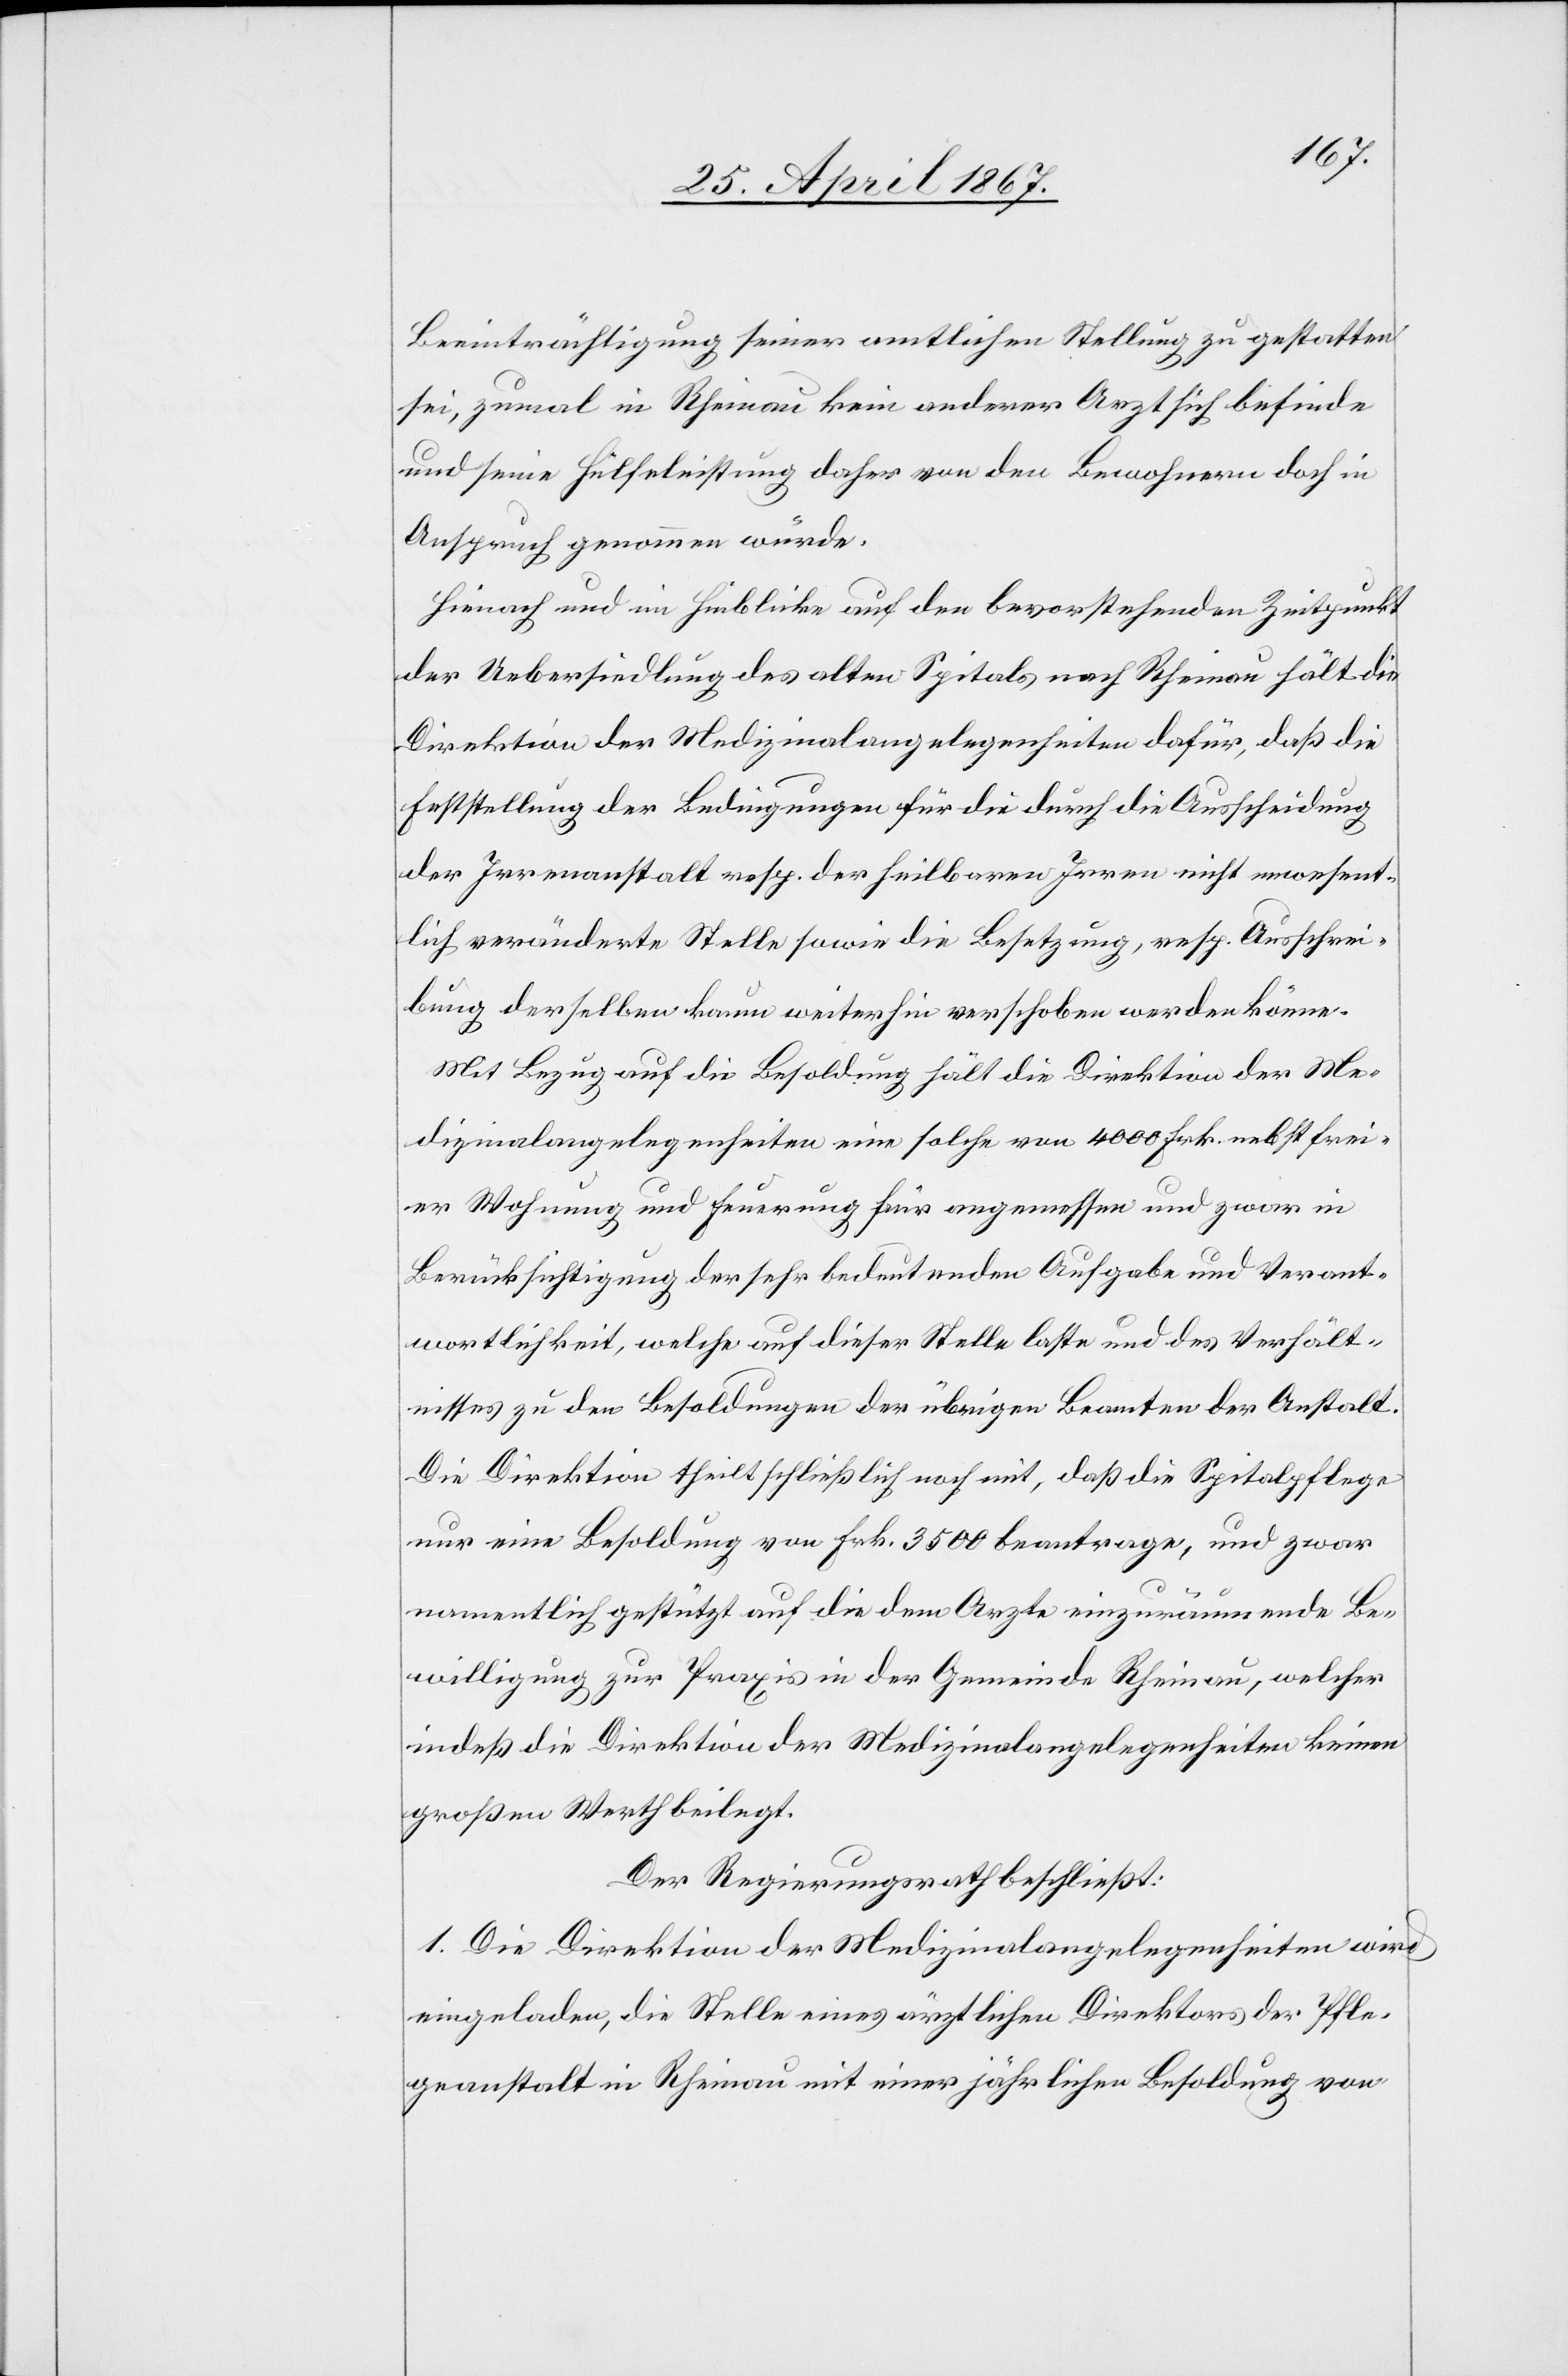
Beeinträchtigung seiner amtlichen Stellung zu gestatten
sei, zumal in Rheinau kein anderer Arzt sich befinde
und seine Hülfeleistung daher von den Bewohnern doch in
Anspruch genommen würde.
Hienach und im Hinblicke auf den bevorstehenden Zeitpunkt
der Uebersiedlung des alten Spitals nach Rheinau hält die
Direktion der Medizinalangelegenheiten dafür, daß die
Feststellung der Bedingungen für die durch die Ausscheidung
der Irrenanstalt resp. der heilbaren Irren nicht [?un]wesent¬
lich veränderte Stelle sowie die Besetzung, resp. Ausschrei¬
bung derselben kaum weiterhin verschoben werden könne.
Mit Bezug auf die Besoldung hält die Direktion der Me¬
dizinalangelegenheiten eine solche von 4000 Frk. nebst frei¬
er Wohnung und Feuerung für angemessen und zwar in
Berücksichtigung der sehr bedeutenden Aufgabe und Verant¬
wortlichkeit, welche auf dieser Stelle laste und des Verhält¬
nisses zu den Besoldungen der übrigen Beamten der Anstalt.
Die Direktion theilt schließlich noch mit, daß die Spitalpflege
nur eine Besoldung von Frk. 3500 beantrage, und zwar
namentlich gestützt auf die dem Arzte einzuräumende Be¬
willigung zur Praxis in der Gemeinde Rheinau, welcher
indeß die Direktion der Medizinalangelegenheiten keinen
großen Werth beilegt.
Der Regierungsrath beschließt:
1. Die Direktion der Medizinalangelegenheiten wird
eingeladen, die Stelle eines ärztlichen Direktors der Pfle¬
geanstalt in Rheinau mit einer jährlichen Besoldung von